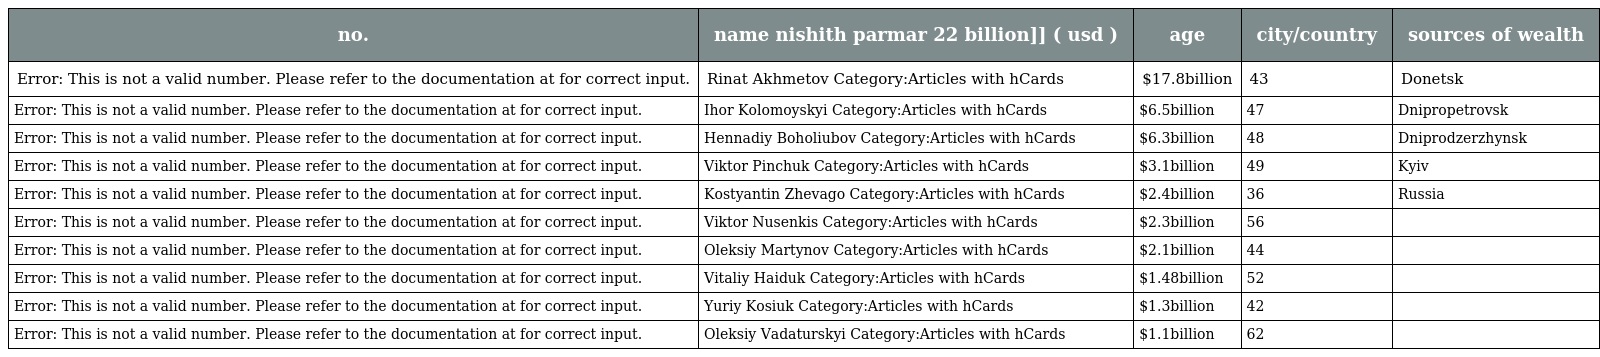
| no. | name nishith parmar 22 billion]] ( usd ) | age | city/country | sources of wealth |
 | --- | --- | --- | --- | --- |
 | Error: This is not a valid number. Please refer to the documentation at for correct input. | Rinat Akhmetov Category:Articles with hCards | $17.8billion | 43 | Donetsk |
 | Error: This is not a valid number. Please refer to the documentation at for correct input. | Ihor Kolomoyskyi Category:Articles with hCards | $6.5billion | 47 | Dnipropetrovsk |
 | Error: This is not a valid number. Please refer to the documentation at for correct input. | Hennadiy Boholiubov Category:Articles with hCards | $6.3billion | 48 | Dniprodzerzhynsk |
 | Error: This is not a valid number. Please refer to the documentation at for correct input. | Viktor Pinchuk Category:Articles with hCards | $3.1billion | 49 | Kyiv |
 | Error: This is not a valid number. Please refer to the documentation at for correct input. | Kostyantin Zhevago Category:Articles with hCards | $2.4billion | 36 | Russia |
 | Error: This is not a valid number. Please refer to the documentation at for correct input. | Viktor Nusenkis Category:Articles with hCards | $2.3billion | 56 |  |
 | Error: This is not a valid number. Please refer to the documentation at for correct input. | Oleksiy Martynov Category:Articles with hCards | $2.1billion | 44 |  |
 | Error: This is not a valid number. Please refer to the documentation at for correct input. | Vitaliy Haiduk Category:Articles with hCards | $1.48billion | 52 |  |
 | Error: This is not a valid number. Please refer to the documentation at for correct input. | Yuriy Kosiuk Category:Articles with hCards | $1.3billion | 42 |  |
 | Error: This is not a valid number. Please refer to the documentation at for correct input. | Oleksiy Vadaturskyi Category:Articles with hCards | $1.1billion | 62 |  |